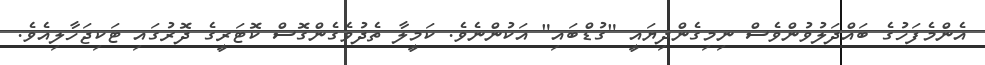
އެންމެފަހުގެ ބައްދަލުވުންވެސް ނިމިގެންދިޔައީ "ގުޑްބައި" އަކުންނެވެ. ކަމީލާ ތެދުވެގެންގޮސް ކޮޓަރީގެ ދޮރުގައި ޓަކިޖަހާލިއެވެ.